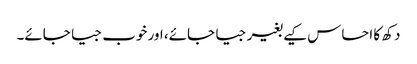
دکھ کا احساس کیے بغیر جیا جائے، اور خوب جیا جائے۔